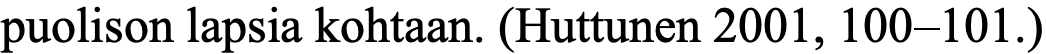
puolison lapsia kohtaan. (Huttunen 2001, 100–101.)